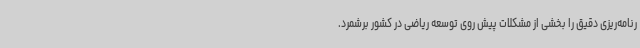
رنامه‌ریزی دقیق را بخشی از مشکلات پیش روی توسعه ریاضی در کشور برشمرد.